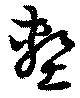
塹